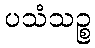
ပသံသဉ္စ